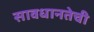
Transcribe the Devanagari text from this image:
सावधानतेची